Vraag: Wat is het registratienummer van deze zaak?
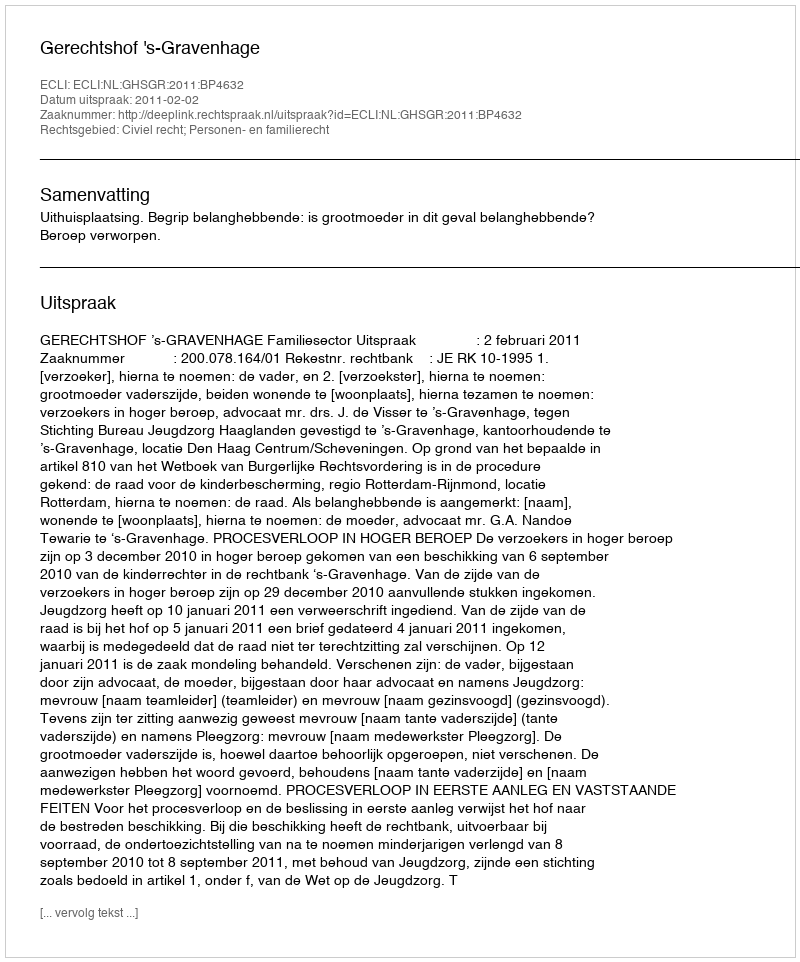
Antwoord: http://deeplink.rechtspraak.nl/uitspraak?id=ECLI:NL:GHSGR:2011:BP4632